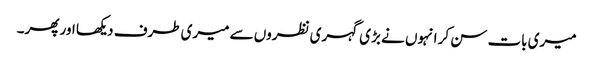
میری بات سن کر انہوں نے بڑی گہری نظروں سے میری طرف دیکھا اور پھر۔